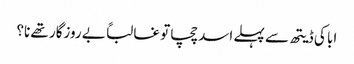
ابا کی ڈیتھ سے پہلے اسد چچا تو غالباً بے روزگار تھے نا؟